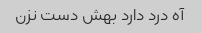
آه درد دارد بهش دست نزن